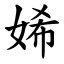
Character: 㛓